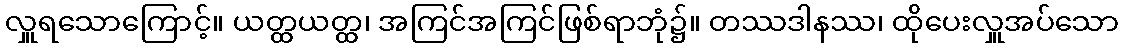
လှူရသောကြောင့်။ ယတ္ထယတ္ထ၊ အကြင်အကြင်ဖြစ်ရာဘုံ၌။ တဿဒါနဿ၊ ထိုပေးလှူအပ်သော